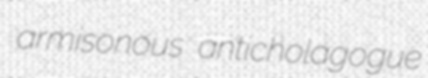
armisonous anticholagogue